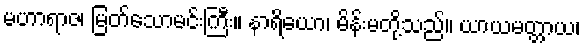
မဟာရာဇ၊ မြတ်သောမင်းကြီး။ နာရိယော၊ မိန်းမတို့သည်။ ယာယမတ္တာယ၊